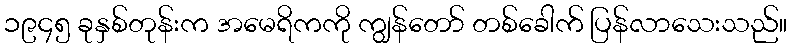
၁၉၄၅ ခုနှစ်တုန်းက အမေရိကကို ကျွန်တော် တစ်ခေါက် ပြန်လာသေးသည်။